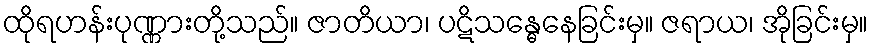
ထိုရဟန်းပုဏ္ဏားတို့သည်။ ဇာတိယာ၊ ပဋိသန္ဓေနေခြင်းမှ။ ဇရာယ၊ အိုခြင်းမှ။